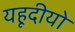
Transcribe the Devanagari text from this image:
यहूदीयो